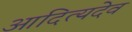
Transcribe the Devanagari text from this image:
आदित्यदेव